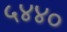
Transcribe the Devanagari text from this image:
५४४०